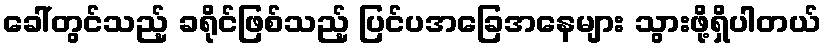
ခေါ်တွင်သည့် ခရိုင်ဖြစ်သည့် ပြင်ပအခြေအနေများ သွားဖို့ရှိပါတယ်